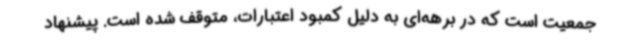
جمعیت است که در برهه‌ای به دلیل کمبود اعتبارات، متوقف شده است. پیشنهاد